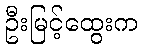
ဦးမြင့်ထွေးက